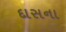
દાસના